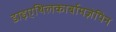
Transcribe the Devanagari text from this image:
डाइएथिलकार्बामज़ेपिन